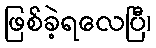
ဖြစ်ခဲ့ရလေပြီ၊